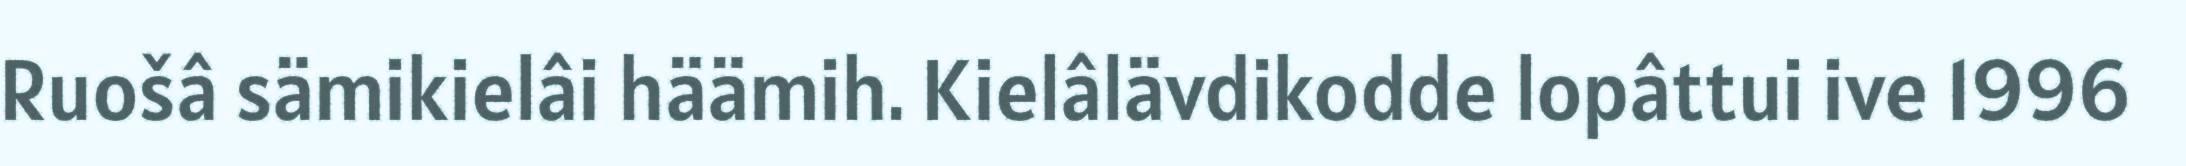
Ruošâ sämikielâi häämih. Kielâlävdikodde lopâttui ive 1996